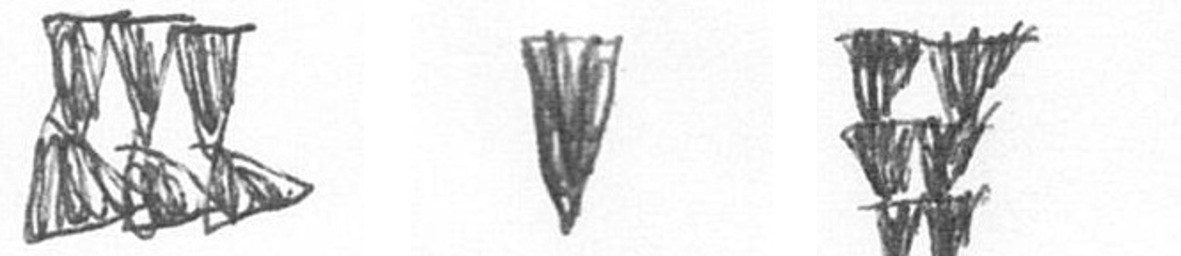
D J Y